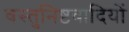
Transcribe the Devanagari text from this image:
वस्तुनिष्ठवादियों